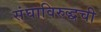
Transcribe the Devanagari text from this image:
संघाविरुद्धची